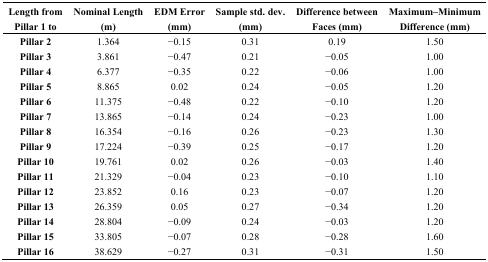
<table><thead><tr><td><b>Length from Pillar 1 to</b></td><td><b>Nominal Length (m)</b></td><td><b>EDM Error (mm)</b></td><td><b>Sample std. dev. (mm)</b></td><td><b>Difference between Faces (mm)</b></td><td><b>Maximum–Minimum Difference (mm)</b></td></tr></thead><tbody><tr><td><b>Pillar 2</b></td><td>1.364</td><td>−0.15</td><td>0.31</td><td>0.19</td><td>1.50</td></tr><tr><td><b>Pillar 3</b></td><td>3.861</td><td>−0.47</td><td>0.21</td><td>−0.05</td><td>1.00</td></tr><tr><td><b>Pillar 4</b></td><td>6.377</td><td>−0.35</td><td>0.22</td><td>−0.06</td><td>1.00</td></tr><tr><td><b>Pillar 5</b></td><td>8.865</td><td>0.02</td><td>0.24</td><td>−0.05</td><td>1.20</td></tr><tr><td><b>Pillar 6</b></td><td>11.375</td><td>−0.48</td><td>0.22</td><td>−0.10</td><td>1.20</td></tr><tr><td><b>Pillar 7</b></td><td>13.865</td><td>−0.14</td><td>0.24</td><td>−0.23</td><td>1.00</td></tr><tr><td><b>Pillar 8</b></td><td>16.354</td><td>−0.16</td><td>0.26</td><td>−0.23</td><td>1.30</td></tr><tr><td><b>Pillar 9</b></td><td>17.224</td><td>−0.39</td><td>0.25</td><td>−0.17</td><td>1.20</td></tr><tr><td><b>Pillar 10</b></td><td>19.761</td><td>0.02</td><td>0.26</td><td>−0.03</td><td>1.40</td></tr><tr><td><b>Pillar 11</b></td><td>21.329</td><td>−0.04</td><td>0.23</td><td>−0.10</td><td>1.10</td></tr><tr><td><b>Pillar 12</b></td><td>23.852</td><td>0.16</td><td>0.23</td><td>−0.07</td><td>1.20</td></tr><tr><td><b>Pillar 13</b></td><td>26.359</td><td>0.05</td><td>0.27</td><td>−0.34</td><td>1.20</td></tr><tr><td><b>Pillar 14</b></td><td>28.804</td><td>−0.09</td><td>0.24</td><td>−0.03</td><td>1.20</td></tr><tr><td><b>Pillar 15</b></td><td>33.805</td><td>−0.07</td><td>0.28</td><td>−0.28</td><td>1.60</td></tr><tr><td><b>Pillar 16</b></td><td>38.629</td><td>−0.27</td><td>0.31</td><td>−0.31</td><td>1.50</td></tr></tbody></table>